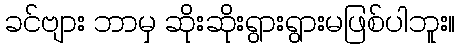
ခင်ဗျား ဘာမှ ဆိုးဆိုးရွားရွားမဖြစ်ပါဘူး။